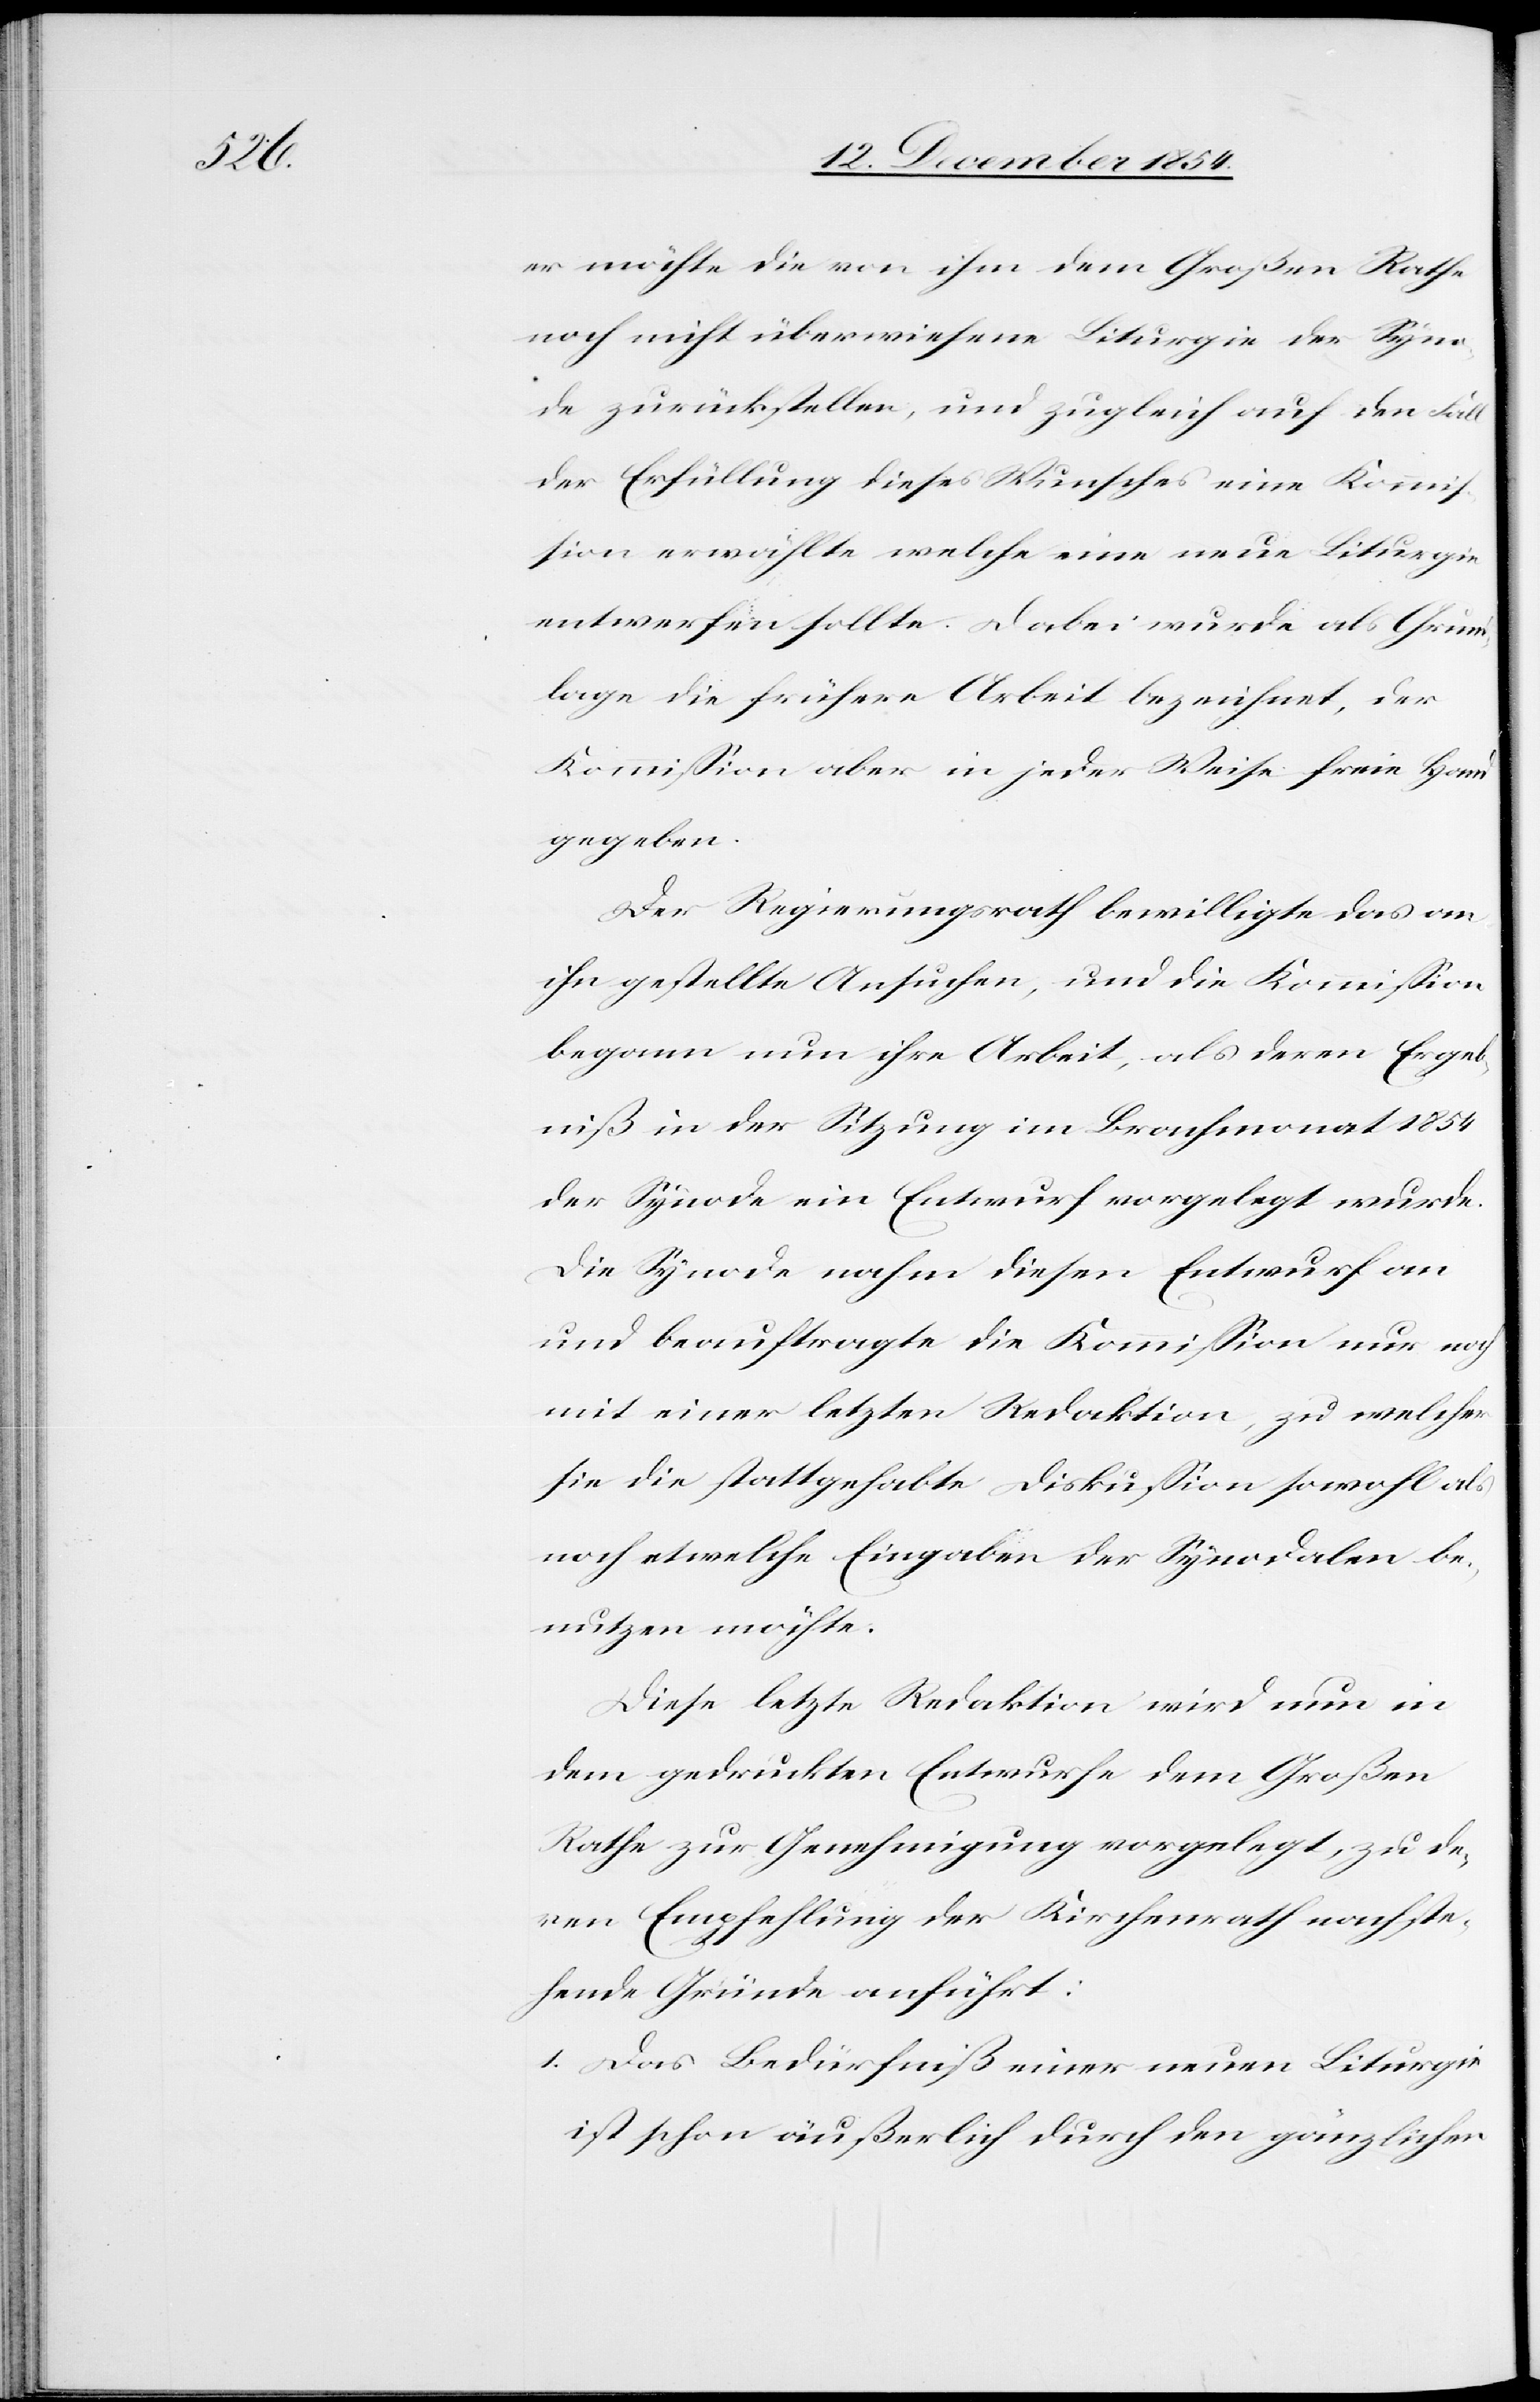
er möchte die von ihm dem Großen Rathe
noch nicht überwiesene Liturgie der Syno¬
de zurückstellen, und zugleich auf den Fall
der Erfüllung dieses Wunsches eine Kommiß¬
ion erwähle welche eine neue Liturgie
entwerfen sollte. Dabei wurde als Grund¬
lage die frühere Arbeit bezeichnet, der
Kommißion aber in jeder Weise freie Hand
gegeben.
Der Regierungsrath bewilligte das an
ihn gestellte Ansuchen, und die Kommißion
begann nun ihre Arbeit, als deren Ergeb¬
niß in der Sitzung im Brachmonat 1854
der Synode ein Entwurf vorgelegt wurde.
Die Synode nahm diesen Entwurf an
und beauftragte die Kommißion nur noch
mit einer letzten Redaktion, zu welcher
sie die stattgehabte Diskußion sowohl als
noch etwelche Eingaben der Synodalen be¬
nutzen möchte.
Diese letzte Redaktion wird nun in
dem gedruckten Entwurfe dem Großen
Rathe zur Genehmigung vorgelegt, zu de¬
ren Empfehlung der Kirchenrath nachste¬
hende Gründe anführt:
1.[)] Das Bedürfniß einer neuen Liturgie
ist schon äußerlich durch den gänzlichen